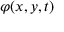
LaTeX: \varphi ( x , y , t )